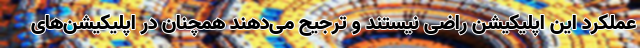
عملکرد این اپلیکیشن راضی نیستند و ترجیح می‌دهند همچنان در اپلیکیشن‌های